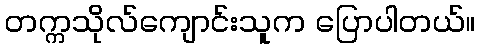
တက္ကသိုလ်ကျောင်းသူက ပြောပါတယ်။